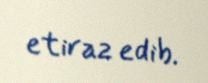
etiraz edib.